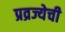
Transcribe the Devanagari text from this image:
प्रव्रज्येची